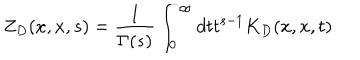
LaTeX: Z _ { D } ( x , x , s ) = { \frac { 1 } { \Gamma ( s ) } } \int _ { 0 } ^ { \infty } d t t ^ { s - 1 } K _ { D } ( x , x , t )